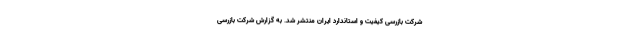
شرکت بازرسی کیفیت و استاندارد ایران منتشر شد. به گزارش شرکت بازرسی